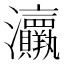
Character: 𱪟